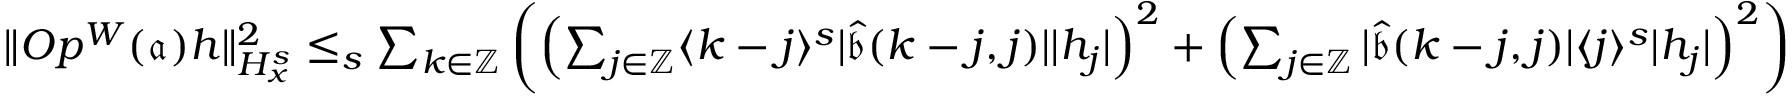
\begin{array} { r } { \rVert O p ^ { W } ( \mathfrak { a } ) h \rVert _ { H _ { x } ^ { s } } ^ { 2 } \le _ { s } \sum _ { k \in \mathbb { Z } } \left( \left( \sum _ { j \in \mathbb { Z } } \langle k - j \rangle ^ { s } | \widehat { \mathfrak { b } } ( k - j , j ) | | h _ { j } | \right) ^ { 2 } + \left( \sum _ { j \in \mathbb { Z } } | \widehat { \mathfrak { b } } ( k - j , j ) | \langle j \rangle ^ { s } | h _ { j } | \right) ^ { 2 } \right) } \end{array}